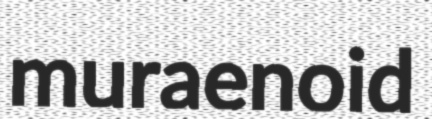
muraenoid